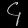
Digit: ၄